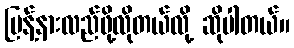
ပြန့်နားလည်ဖို့လိုတယ်လို့ ဆိုပါတယ်။